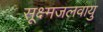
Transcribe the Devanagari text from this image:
सूक्ष्मजलवायु